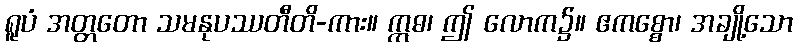
ရူပံ အတ္တတော သမနုပဿတီတိ-ကား။ ဣဓ၊ ဤ လောက၌။ ဧကစ္စော၊ အချို့သော